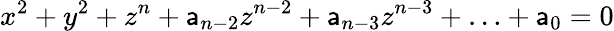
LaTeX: x^{2}+y^{2}+z^{n}+\mathsf{a}_{n-2}z^{n-2}+\mathsf{a}_{n-3}z^{n-3}+\ldots+\mathsf{a}_{0}=0